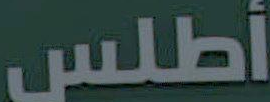
أطلس